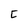
Character: C